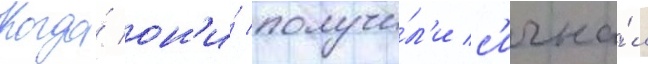
Когда́ он'и́ получи́л'и с'игна́л